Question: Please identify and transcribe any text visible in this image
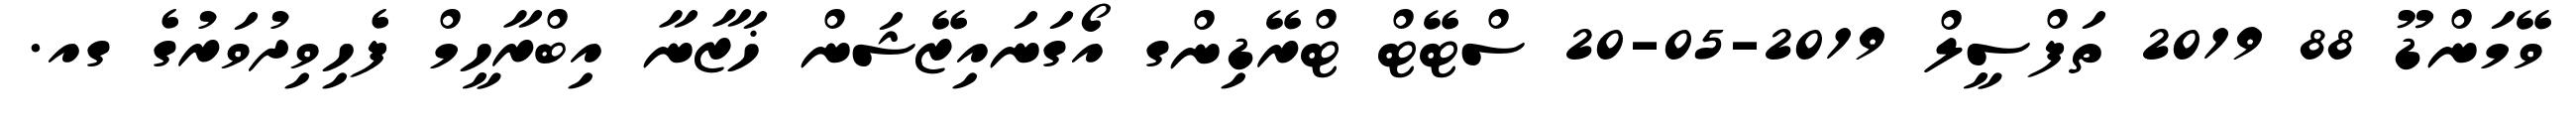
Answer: ވޭމަންޑޫ 88 2019 ތަފްސީލް 2019-05-20 ސްޓޭޓް ޓްރޭޑިންގ އޯގަނައިޒޭޝަން ޚަޒާނާ އިބްރާހީމް ފެހިވިދުވަރުގެ ގއ.